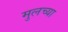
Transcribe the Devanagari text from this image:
मुलच्या